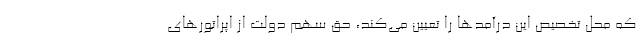
که محل تخصیص این درآمدها را تعیین می‌کند، حق سهم دولت از اپراتورهای